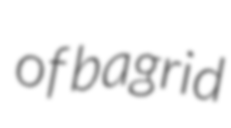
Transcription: of bagrid